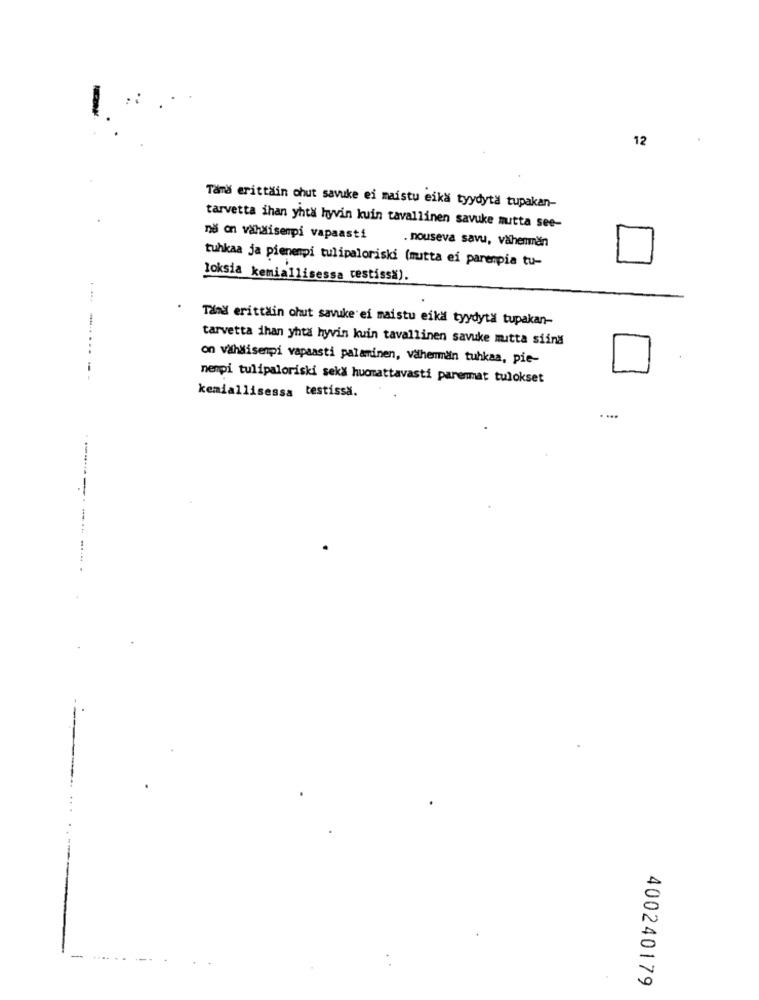
12
Tamš erittäin chut savuke ei maistu eika tyydyta tupakan-
tarvetta ihan yhtä hyvin kuin tavallinen savuke mutta see-
ně on vähäisempi vapaasti
. nouseva savu, vähemmän
tuhkaa ja pienenpi tulipaloriski (mutta ei parenpia tu-
loksia kemiallisessa cestissa).
Tämä erittäin ohut savuke ei maistu eiká tyydytä tupakan-
tarvetta ihan yhta hyvin kuin tavallinen savuke mutta siind
on vähäisenpi vapaasti palaminen, vähemmän tuhkaa, pie-
nenpi tulipaloriski sekx huomattavasti parenmat tulokset
kemiallisessa testissa.
. ...
--------
400240179